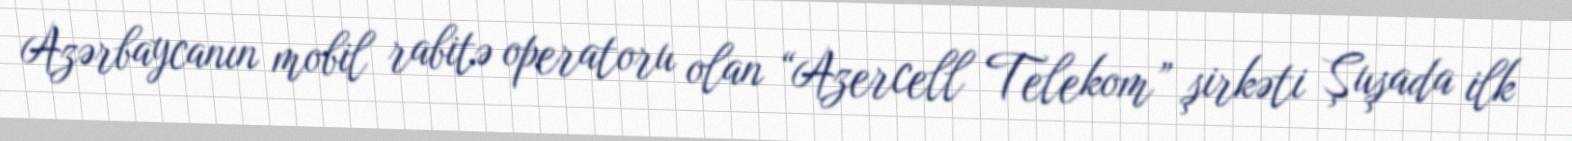
Azərbaycanın mobil rabitə operatoru olan “Azercell Telekom” şirkəti Şuşada ilk